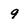
Character: 9